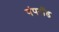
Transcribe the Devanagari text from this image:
पंपरॉड